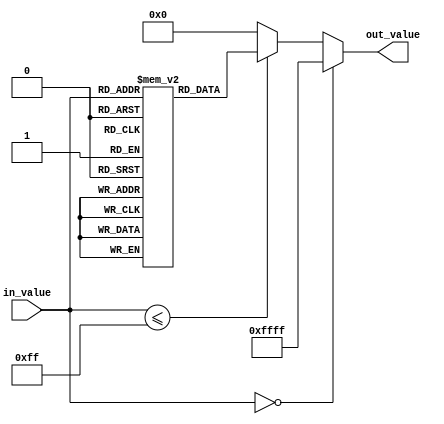
module lut_reciprocal (
    input wire [7:0] in_value,  // 8-bit input
    output reg [15:0] out_value  // 16-bit output for reciprocal
);

// Lookup table for reciprocals of 1 to 255 (0 is undefined and not included in the LUT)
reg [15:0] lut [0:255];

// Initialize the lookup table with precomputed reciprocal values
initial begin
    lut[1] = 16'hFFFF;   // 1/1 = 1.0 in fixed-point (16-bit)
    lut[2] = 16'h7FFF;   // 1/2 = 0.5
    lut[3] = 16'h5555;   // 1/3  0.3333
    lut[4] = 16'h4000;   // 1/4 = 0.25
    lut[5] = 16'h3333;   // 1/5 = 0.2
    lut[6] = 16'h2AAA;   // 1/6  0.1667
    lut[7] = 16'h2857;   // 1/7  0.1429
    // Add more precomputed values as needed...
    lut[255] = 16'h0100; // 1/255  0.0039
end

always @(*) begin
    if (in_value == 0) begin
        out_value = 16'hFFFF; // Handle division by zero (undefined)
    end else if (in_value <= 255) begin
        out_value = lut[in_value]; // Get reciprocal from the lookup table
    end else begin
        out_value = 16'h0000; // Out of range
    end
end

endmodule